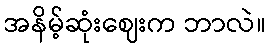
အနိမ့်ဆုံးဈေးက ဘာလဲ။